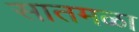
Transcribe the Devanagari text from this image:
सातमळा